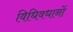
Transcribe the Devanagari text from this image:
विधिवधानों